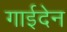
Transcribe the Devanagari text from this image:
गाईदेन